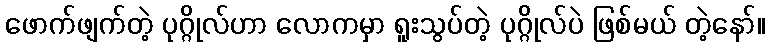
ဖောက်ဖျက်တဲ့ ပုဂ္ဂိုလ်ဟာ လောကမှာ ရူးသွပ်တဲ့ ပုဂ္ဂိုလ်ပဲ ဖြစ်မယ် တဲ့နော်။